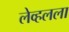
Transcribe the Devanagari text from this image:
लेव्हलला